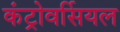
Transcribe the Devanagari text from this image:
कंट्रोवर्सियल